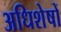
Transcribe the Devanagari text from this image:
अधिशेषों